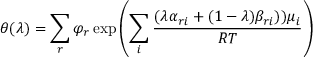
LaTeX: \theta ( \lambda ) = \sum _ { r } \varphi _ { r } \exp \left( \sum _ { i } { \frac { ( \lambda \alpha _ { r i } + ( 1 - \lambda ) \beta _ { r i } ) ) \mu _ { i } } { R T } } \right)